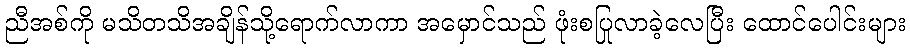
ညီအစ်ကို မသိတသိအချိန်သို့ရောက်လာကာ အမှောင်သည် ဖုံးစပြုလာခဲ့လေပြီး ထောင်ပေါင်းများ